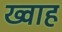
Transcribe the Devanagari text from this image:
ख्वाह